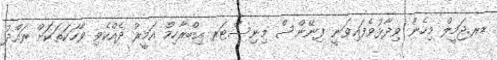
ޑރ.ޖަމީލް މިހެން ވިދާޅުވެފައިވަނީ ފިނޭންސް މިނިސްޓަރ އިބްރާހިމް އަމީރު ދެއްކެވި ވާހަކަތަކަށް ރައްދު